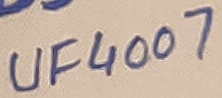
Text: UF4007